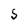
Character: S